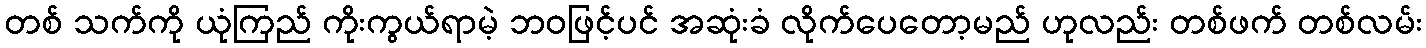
တစ် သက်ကို ယုံကြည် ကိုးကွယ်ရာမဲ့ ဘဝဖြင့်ပင် အဆုံးခံ လိုက်ပေတော့မည် ဟုလည်း တစ်ဖက် တစ်လမ်း